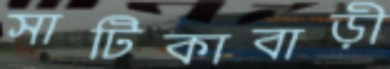
সাটিকাবাড়ী